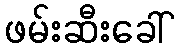
ဖမ်းဆီးခေါ်